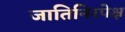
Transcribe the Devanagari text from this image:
जातिनिरपेक्ष